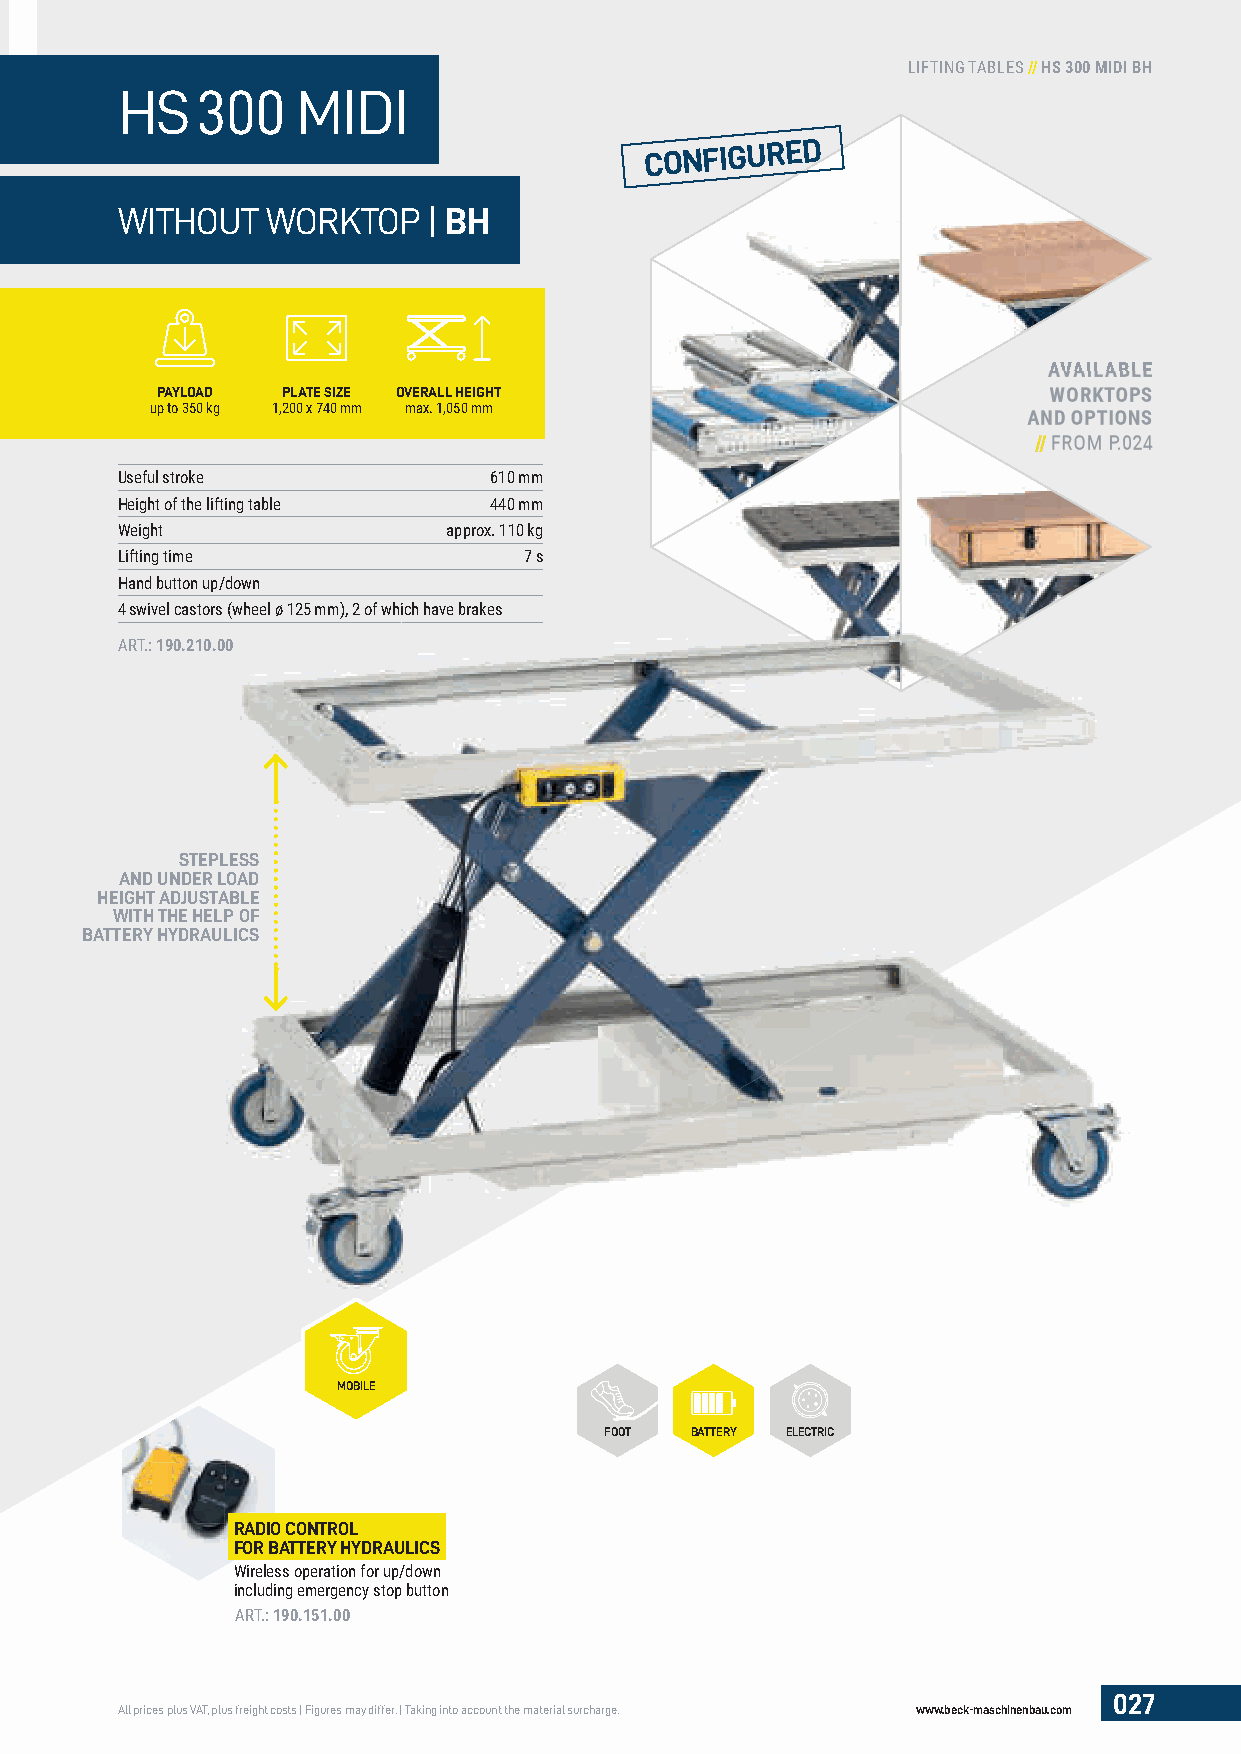
MIDI
 LIFTING TABLES // HS 300 MIDI BH
 HS   300    MIDI
 CONFIGURED
 WITHOUT   WORKTOP   | BH
 AAVVAAIILLAABBLLEE
 PAYLOAD  PLATE SIZE OVERALL HEIGHT                         WWOORRKKTTOOPPSS
 up to 350 kg 1,200 x 740 mm max. 1,050 mm
 AANNDD OOPPTTIIOONNSS
 //// FFRROOMM PP..002244
 Useful stroke           610 mm
 Height of the lifting table 440 mm
 Weight                approx. 110 kg
 Lifting time               7 s
 Hand button up/down
 4 swivel castors (wheel ø 125 mm), 2 of which have brakes
 ART.: 190.210.00
 STEPLESS
 AND UNDER LOAD
 HEIGHT ADJUSTABLE
 WITH THE HELP OF
 BATTERY HYDRAULICS
 MOBILE
 FOOT  BATTERY ELECTRIC
 RADIO CONTROL
 FOR BATTERY HYDRAULICS
 Wireless operation for up/down
 including emergency stop button
 ART.: 190.151.00
 027
 All prices plus VAT, plus freight costs | Figures may differ. | Taking into account the material surcharge. www.beck-maschinenbau.com